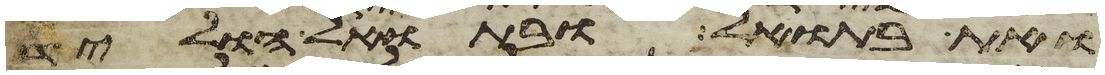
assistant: ואת בתואל ובתואל הוליד